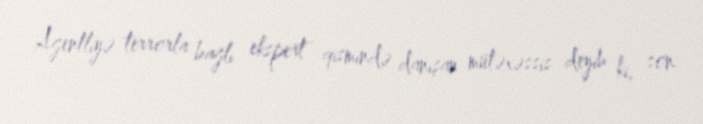
Agentliyə terrorla bağlı ekspert qismində danışan mütəxəssis deyib ki, son